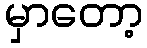
မှာတော့